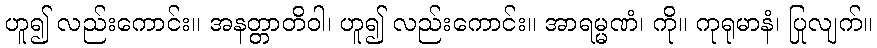
ဟူ၍ လည်းကောင်း။ အနတ္တာတိဝါ၊ ဟူ၍ လည်းကောင်း။ အာရမ္မဏံ၊ ကို။ ကုရုမာနံ၊ ပြုလျက်။